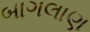
બાગલાણ